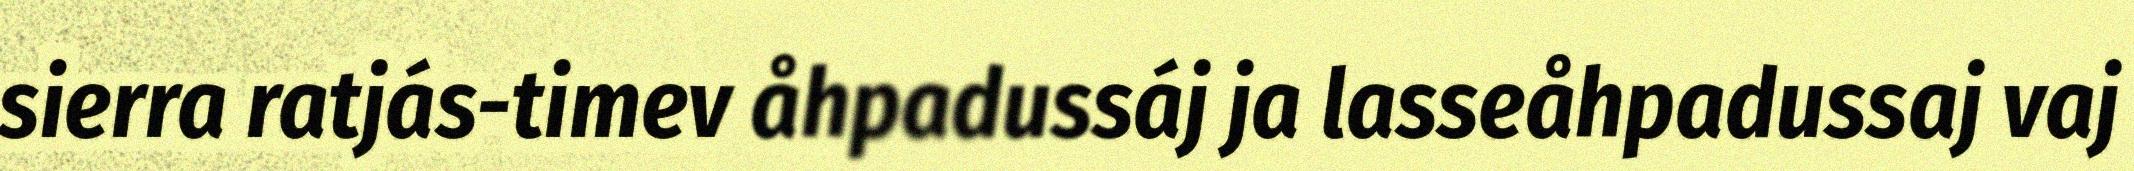
sierra ratjás-timev åhpadussáj ja lasseåhpadussaj vaj